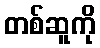
တစ်ဆူကို